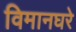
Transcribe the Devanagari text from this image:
विमानघरे